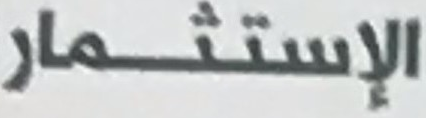
الإستثمار